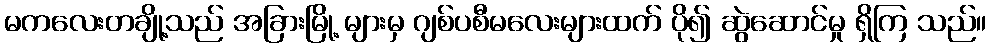
မကလေးတချို့သည် အခြားမြို့ များမှ ဂျစ်ပစီမလေးများထက် ပို၍ ဆွဲဆောင်မှု ရှိကြ သည်။